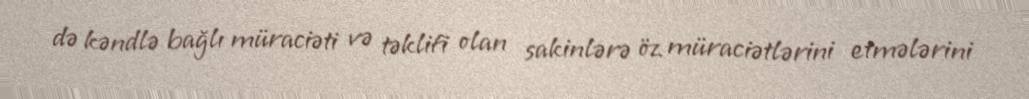
də kəndlə bağlı müraciəti və təklifi olan sakinlərə öz müraciətlərini etmələrini